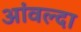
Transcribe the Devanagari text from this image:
आंवल्दा